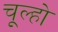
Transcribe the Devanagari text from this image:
चूल्हो